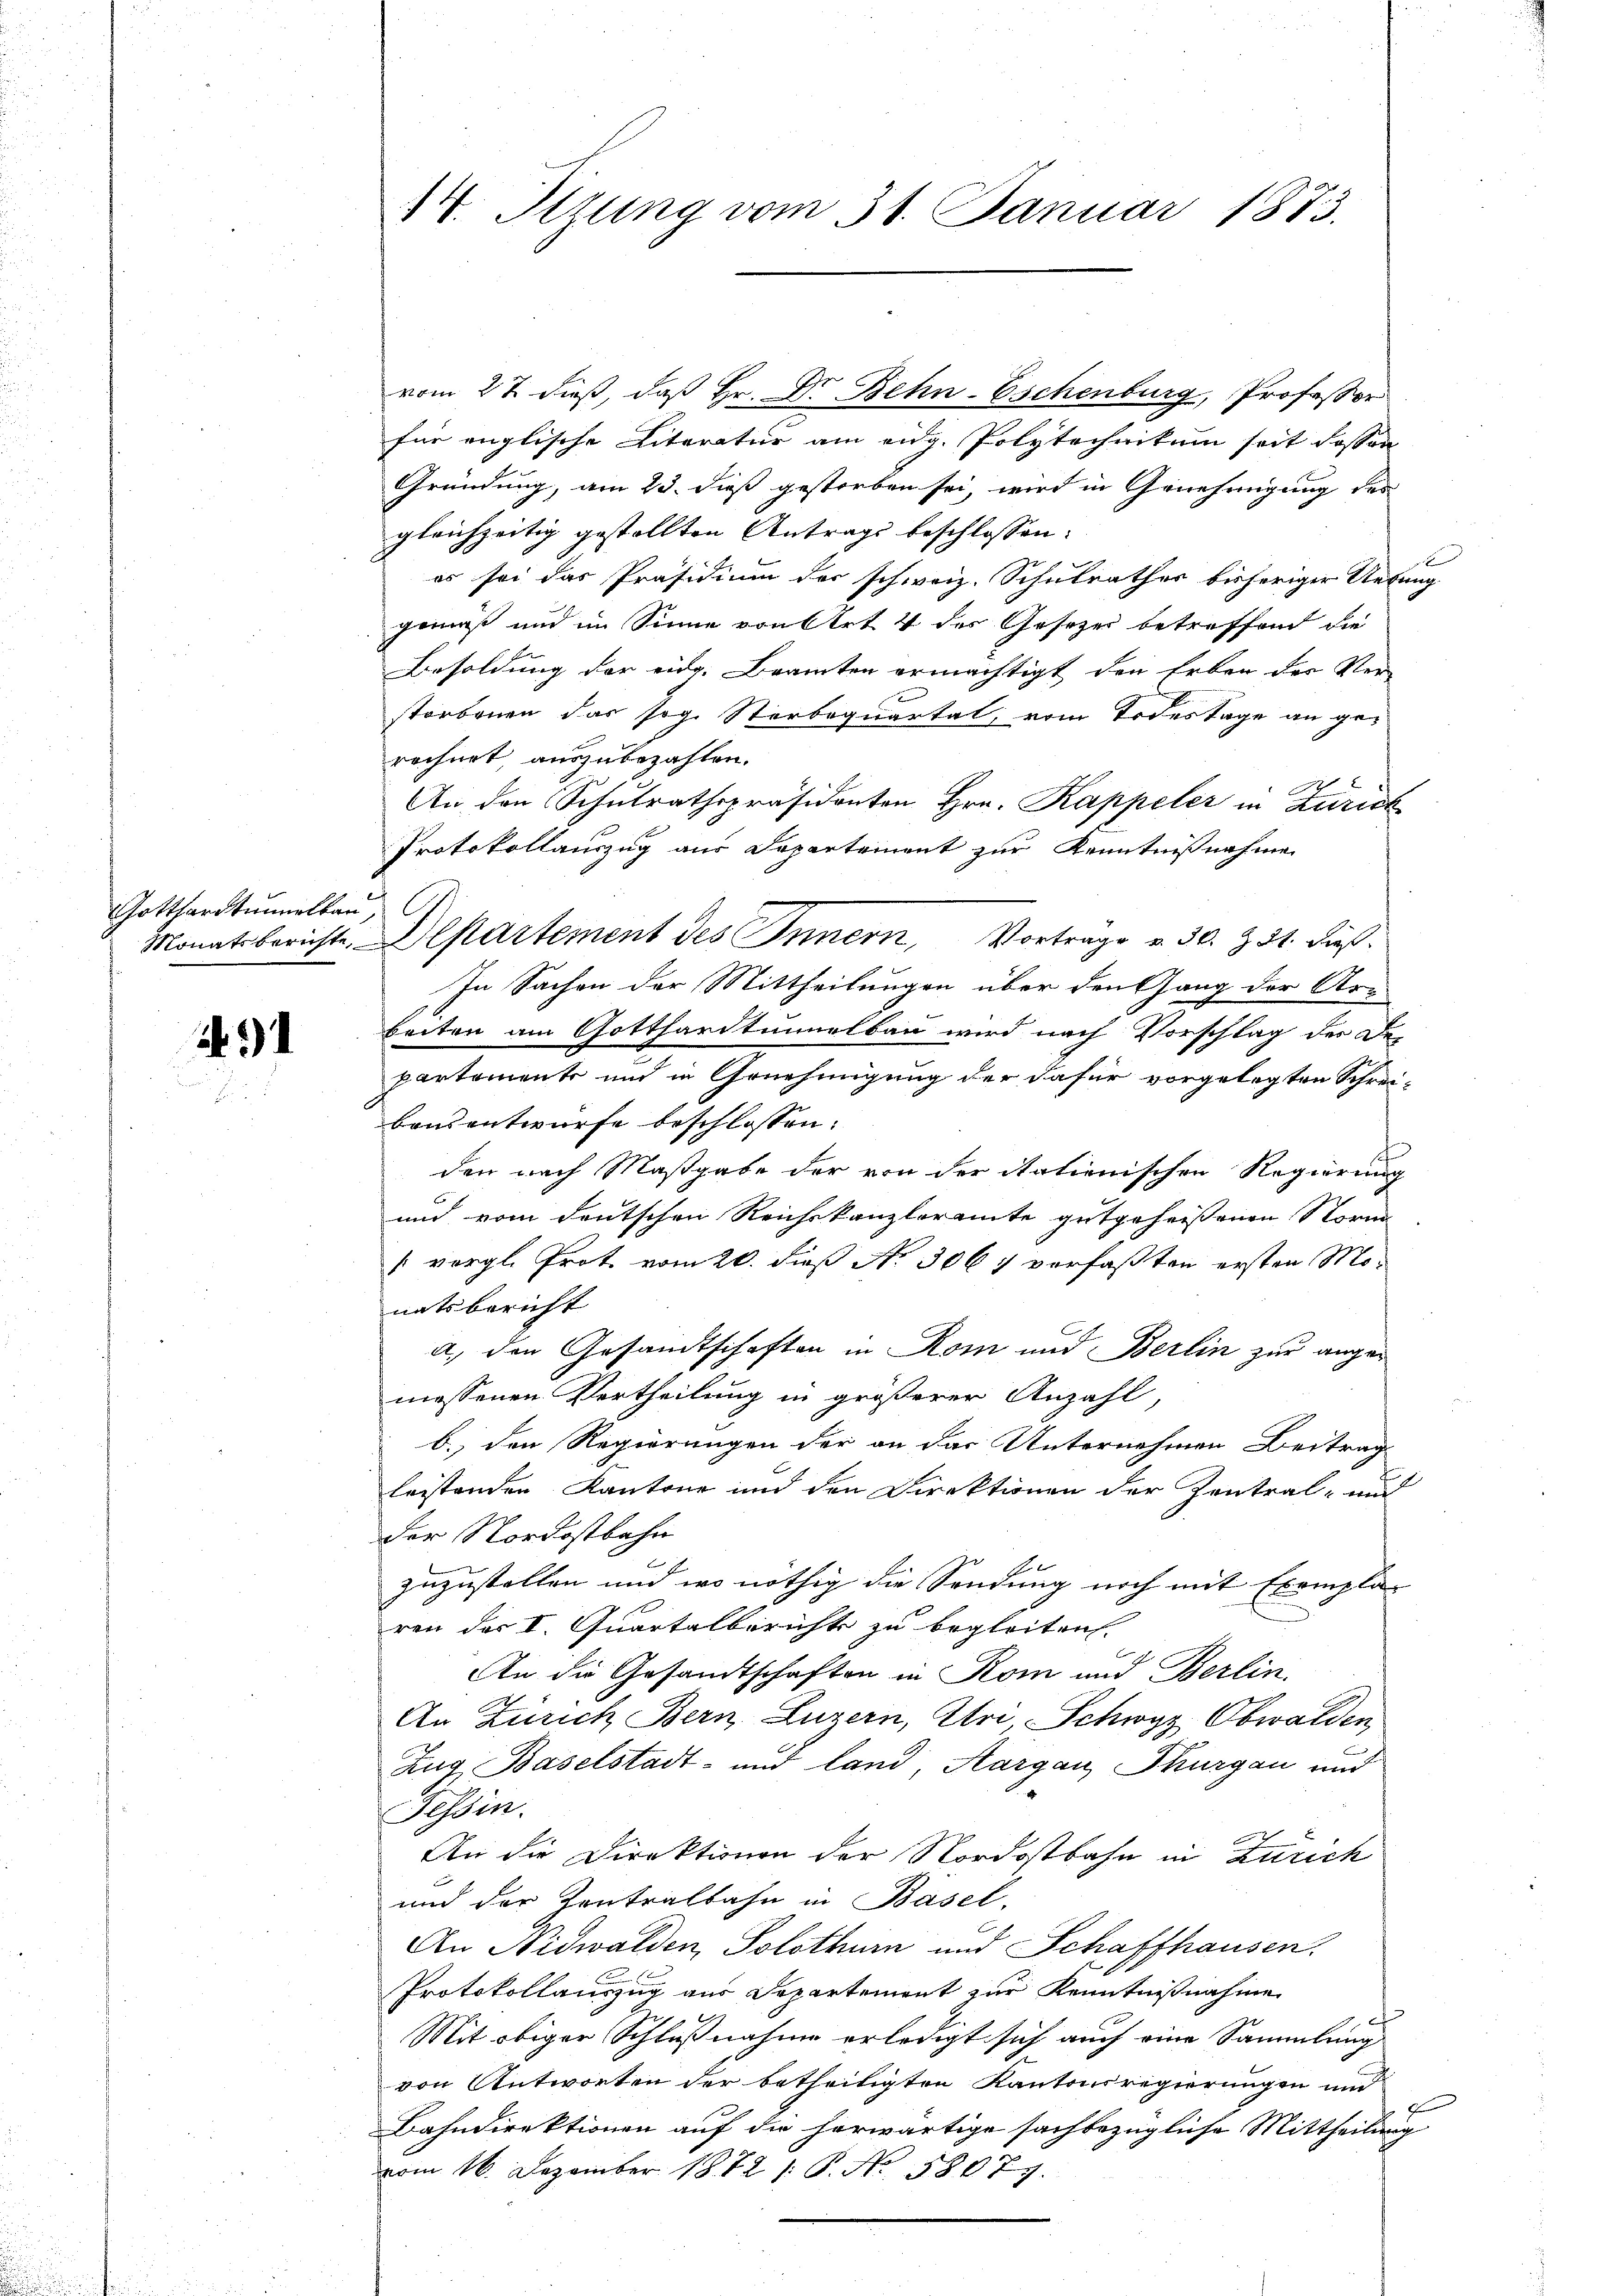
Gotthardtummelbau,

Nr. 31

für englische Literatur am eidg. Polytechnikum seit dassen
Gründung, am 23. dieß gestorben sei, wird in Genehmigung des
gleichzeitig gestellten Antrags beschlossen:
es sei das Präsidium der schweiz. Schulrathes bisheriger Uebung
gemäß und im Sinne von Art. 4 des Gesezes betreffend die
Besoldung der eidg. Beamten ermächtigt den Erben der Ver-
storbenen das sog. Sterbaquartal, vom Todestage an gerechnet, auszubezahlen.
An den Schulrathspräsidenten Hrn. Kappeler in Zürich
Protokollauszug aus Departement zur Kenntnißnahmen
Monatsberichte, Departement des Innern, Vortrage v. 30. Z. 31. dieß¬
In Sachen der Mittheilungen über den Gang der Ar-
beiten am Gotthardtunnelbau wird nach Vorschlag des De-
partemente und in Genehmigung der dafür vorgelegten Schrei-
Bausentwurfe beschlossen:
den nach Maßgabe der von der itationischen Regierung
und vom deutschen Reichskanzleramte gutgeheissenen Storne
“ vergl. Prot. vom 20. dieß No. 3067 verfaßten ersten Monatsbericht
a) den Gesandtschaften in Rom und Berlin zur angen
messenen Vertheilung in größerer Anzahl,
b. den Regierungen der an das Unternehmen Beitrag
leistenden Kantone und den Direktionen der Zentral- und
der Nordostbahn
A
zuzustellen und wo nöthig die Sendung noch mit Exemplar
ren des I. Quartalberichte zu begleiten.
An die Gesandtschaften in Rom und Berlin,
An Zürich Bern, Luzern, Uri, Schwyz, Obwalden,
Zug, Baselstadt- und land, Aargau, Thurgau und
Gessin.
An die Direktionen der Nordostbahn in Zürich
und der Kontralbahn in Basel.
An Nidwalden, Solothurn und Schaffhausen.
Protokollauszug aus Departement zur Kenntnißnahme
Mit obiger Schlußnahme erledigt sich auch eine Sammlung
von Antworten der betheiligten Kantonsregierungen und
g
Bahndirektionen auf die herwärtige sachbezügliche Mittheilung
vom 16. Dezember 1872 s. B. No. 58077.

14. Setzung vom 31. Januar 1873.

vom 27. dieß, daß Hr. Dr Behn-Eschenburg, Professor